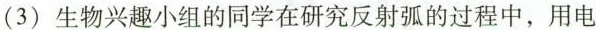
（3）生物兴趣小组的同学在研究反射弧的过程中，用电